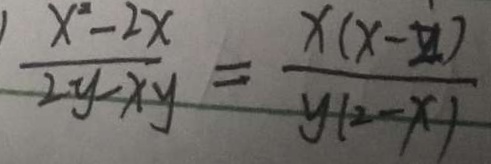
\frac { x ^ { 2 } - 2 x } { 2 y - x y } = \frac { x ( x - y ) } { y ( 2 x - x ) }